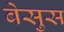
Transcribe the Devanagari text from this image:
बेसुस